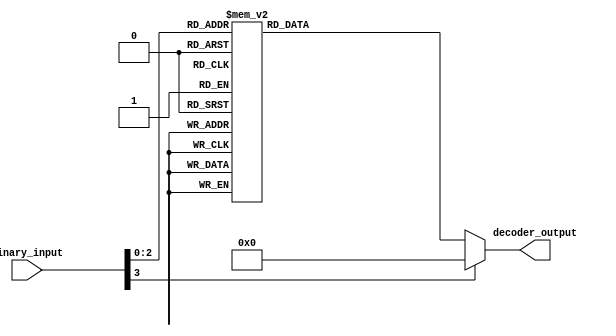
module binary_decoder (
  input [3:0] binary_input,
  output reg [7:0] decoder_output
);

always @(*) begin
  case(binary_input)
    4'b0000: decoder_output = 8'b00000001;
    4'b0001: decoder_output = 8'b00000010;
    4'b0010: decoder_output = 8'b00000100;
    4'b0011: decoder_output = 8'b00001000;
    4'b0100: decoder_output = 8'b00010000;
    4'b0101: decoder_output = 8'b00100000;
    4'b0110: decoder_output = 8'b01000000;
    4'b0111: decoder_output = 8'b10000000;
    default: decoder_output = 8'b00000000;
  endcase
end

endmodule